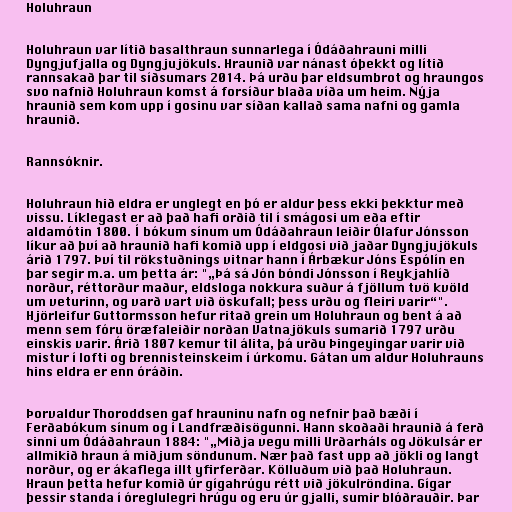
Holuhraun

Holuhraun var lítið basalthraun sunnarlega í Ódáðahrauni milli
Dyngjufjalla og Dyngjujökuls. Hraunið var nánast óþekkt og lítið
rannsakað þar til síðsumars 2014. Þá urðu þar eldsumbrot og hraungos
svo nafnið Holuhraun komst á forsíður blaða víða um heim. Nýja
hraunið sem kom upp í gosinu var síðan kallað sama nafni og gamla
hraunið.

Rannsóknir.

Holuhraun hið eldra er unglegt en þó er aldur þess ekki þekktur með
vissu. Líklegast er að það hafi orðið til í smágosi um eða eftir
aldamótin 1800. Í bókum sínum um Ódáðahraun leiðir Ólafur Jónsson
líkur að því að hraunið hafi komið upp í eldgosi við jaðar Dyngjujökuls
árið 1797. Því til rökstuðnings vitnar hann í Árbækur Jóns Espólín en
þar segir m.a. um þetta ár: "„Þá sá Jón bóndi Jónsson í Reykjahlíð
norður, réttorður maður, eldsloga nokkura suður á fjöllum tvö kvöld
um veturinn, og varð vart við öskufall; þess urðu og fleiri varir“".
Hjörleifur Guttormsson hefur ritað grein um Holuhraun og bent á að
menn sem fóru öræfaleiðir norðan Vatnajökuls sumarið 1797 urðu
einskis varir. Árið 1807 kemur til álita, þá urðu Þingeyingar varir við
mistur í lofti og brennisteinskeim í úrkomu. Gátan um aldur Holuhrauns
hins eldra er enn óráðin.

Þorvaldur Thoroddsen gaf hrauninu nafn og nefnir það bæði í
Ferðabókum sínum og í Landfræðisögunni. Hann skoðaði hraunið á ferð
sinni um Ódáðahraun 1884: "„Miðja vegu milli Urðarháls og Jökulsár er
allmikið hraun á miðjum söndunum. Nær það fast upp að jökli og langt
norður, og er ákaflega illt yfirferðar. Kölluðum við það Holuhraun.
Hraun þetta hefur komið úr gígahrúgu rétt við jökulröndina. Gígar
þessir standa í óreglulegri hrúgu og eru úr gjalli, sumir blóðrauðir. Þar